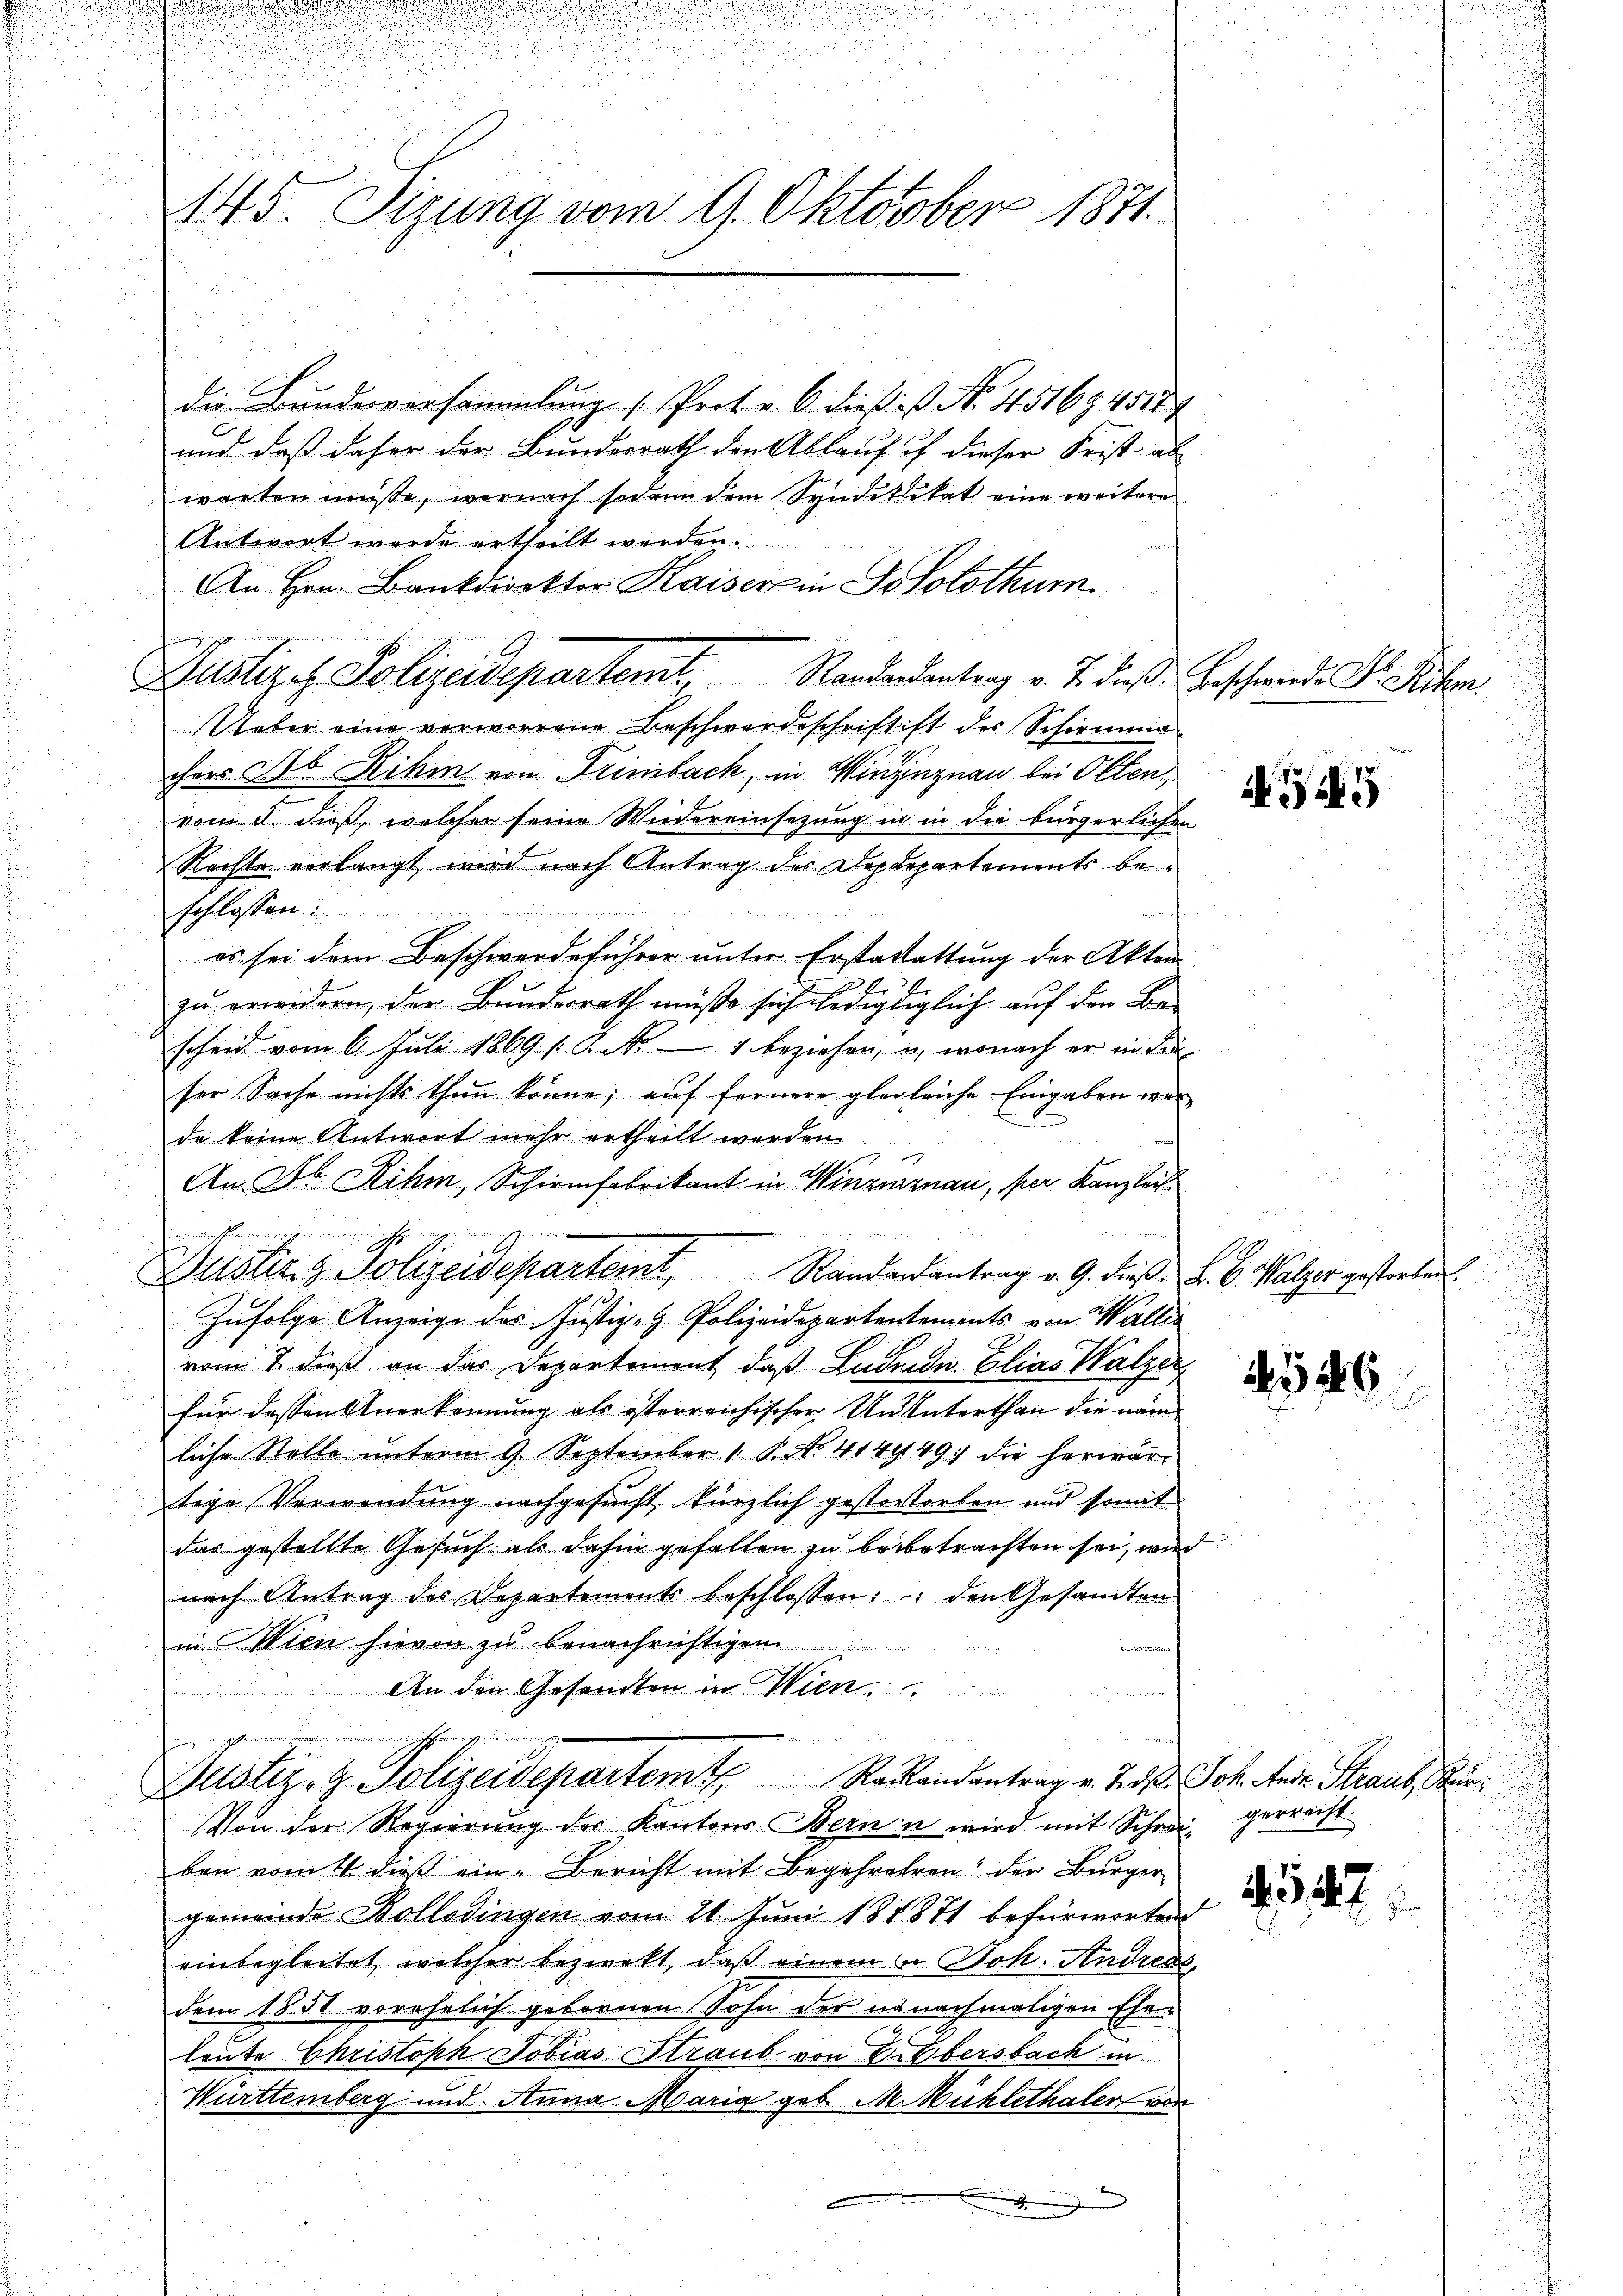
145. Sizung vom 9. Oktober 1871

die Bundesversammlung (: Prot. a. O. dieß ist No. 451694518
und daß daher der Bundesrath den Ablauf uf dieser Frist ab
warten müsse, wornach sodann dem Syndetlikat eine weitere
Antwort wurde ertheilt werden.
An Hrn. Bankdirektor Kaiser in Solothum
Justige Polizeidepartemt. Randendantrag v. J. diese Beschwerde d. Sichen.
Ueber eine verworrene Beschwerdeschriftist des Schirmena
hers Seb Rihm von Trimbach, in Winzugnau bei Olten,
vom 8. dieß, welcher seine Wiedereinsezung in in die bürgerlichen
Rechte verlangt wird nach Antrag des Deprepartements beschlossen
es sei dem Beschwerdeführer unter Erstattattung der Akten
zu erwidern, der Bundesrath müße sich ledigtiglich auf den Be-
scheid vom 6. Juli 1869 s. S. Nr. 1 beziehen, u. wonach er in der
ser Sache nichts thun könne; auf fernere glegleiche Eingaben werde keine Antwort mehr ertheilt werden
An Jb. Rihm, Schirmfabrikant in Winzuznau, per Kanzlei
Zufolge Anzeige des Justiz- Polizeidepartentements von Wallis
vom 7. dieß an das Departement, daß Laden. Elias Walzer
für dassen Anerkennung als österreichischer Un Interthan die nämliche Stelle unterm 9. September 1. P. No. 414949: die herwärtige Verwendung nachgesucht kürzlich gestortorten und somit
das gestellte Gesuch als dahin gefallen zu beibetrachten sei, wie
nach Antrag des Departement beschlossen: den Gesandten
in Wien hievon zu benachrichtigen
An den Gesandten in Wien.

.
Justiz- & Polizeidepartemt Rackandantrag v. 2. d. Joh. des Straus, Bür¬
Von der Regierung der Kantons Bern u wird mit Schrei gerrecht.
ben vom 16 dieß ein Bericht mit Begehreren der Bürger
gemeinde Bollodingen vom 21. Juni 181871 befürworten
einbegleitet welcher bezwekt, daß einem in Joh. Andress,
dem 1851 vorehelich gebornen Sohn der nanachmaligen Ehen
leute Christoph Tobias Straub. von Erbbersbach in
Württemberg und Anna Maria geb. M. Michlethaler von
.

m in ich

e
h
Justiz & Polizeidepartemt, Randarantrag v. 9. dieß. L. C. Walzer gestorben.

s

1546

547